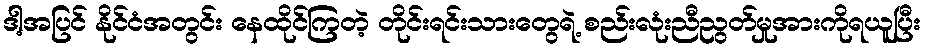
ဒါ့အပြင် နိုင်ငံအတွင်း နေထိုင်ကြတဲ့ တိုင်းရင်းသားတွေရဲ့ စည်းလုံးညီညွတ်မှုအားကိုရယူပြီး